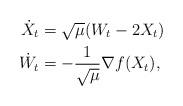
LaTeX: \begin{align*}\dot X_t &= \sqrt{\mu}(W_t - 2X_t)\\\dot W_t &= -\frac{1}{\sqrt{\mu}} \nabla f(X_t),\end{align*}